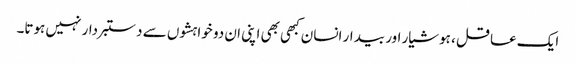
ایک عاقل ، ہوشیار اور بیدار انسان کبھی بھی اپنی ان دو خواہشوں سے دستبردار نہیں ہوتا۔